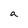
Character: a